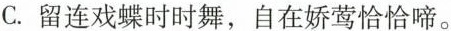
C.留连戏蝶时时舞，自在娇莺恰恰啼。